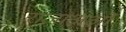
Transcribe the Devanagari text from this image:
राजाअओं